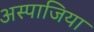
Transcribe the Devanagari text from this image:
अस्पाजिया